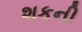
શકની